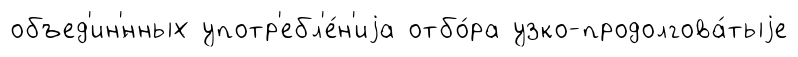
объед'ин'́нных употр'ебл'е́н'иjа отбо́ра узко-продолгова́тыjе